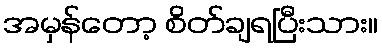
အမှန်တော့ စိတ်ချရပြီးသား။